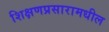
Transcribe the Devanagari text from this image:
शिक्षणप्रसारामधील